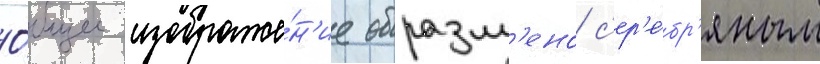
О́бщее изображе́н'ие обрамл'ено с'ер'е́бр'яным